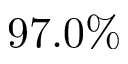
9 7 . 0 \%